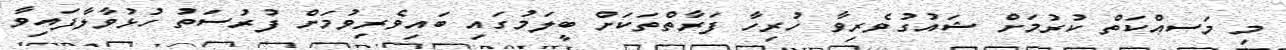
މި މަސއްކަތް ކުރުމަށް ޝައުގުވެރިވާ ހުރިހާ ފަރާތްތަކަށް ބީލަމުގައި ބައިވެރިވުމަށް ފުރުސަތު ހުޅުވާލާފައިވާ